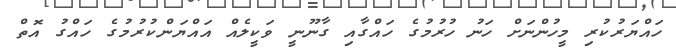
ހައްޔަރުކުރި މީހުންނަށް ހަނު ހުރުމުގެ ހައްގާއި ގާނޫނީ ވަކީލެއް އައްޔަންކުރުމުގެ ހައްގު އޮތް